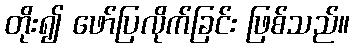
တိုး၍ ဖော်ပြလိုက်ခြင်း ဖြစ်သည်။